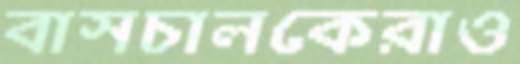
বাসচালকেরাও